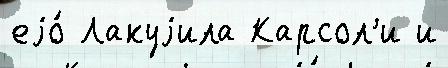
еjо́ Лакуjила Карсол'и и